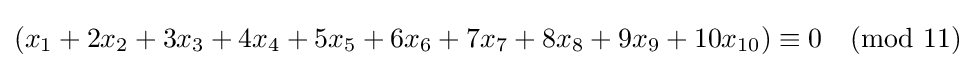
(x_{1}+2x_{2}+3x_{3}+4x_{4}+5x_{5}+6x_{6}+7x_{7}+8x_{8}+9x_{9}+10x_{10})\equiv 0{\pmod {11}}